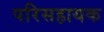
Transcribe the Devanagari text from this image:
परिसहायक